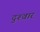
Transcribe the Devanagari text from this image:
दुश्‍वार